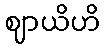
ဈာယိဟိ